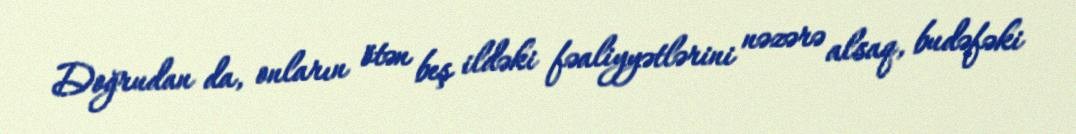
Doğrudan da, onların ötən beş ildəki fəaliyyətlərini nəzərə alsaq, budəfəki